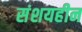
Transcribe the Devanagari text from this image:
संशयहीन